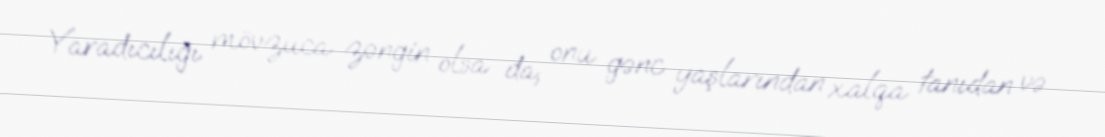
Yaradıcılığı mövzuca zəngin olsa da, onu gənc yaşlarından xalqa tanıdan və